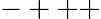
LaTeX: -+++